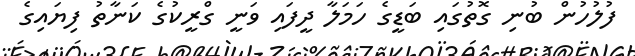
ފުލުހުން ބުނި ގޮތުގައި ބަޑީގެ ހަމަލާ ދީފައި ވަނީ ގްރީކުގެ ކަނާތު ފިޔައިގެ